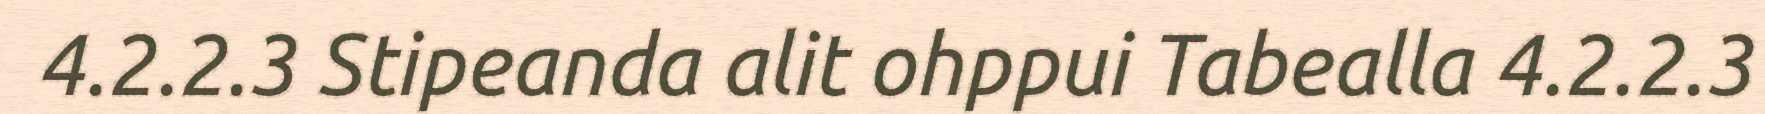
4.2.2.3 Stipeanda alit ohppui Tabealla 4.2.2.3